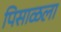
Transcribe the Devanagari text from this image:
पिसाळला